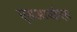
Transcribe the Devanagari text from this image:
एसआयईएस